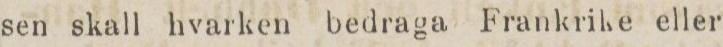
sen skall hvarken bedraga Frankrike eller